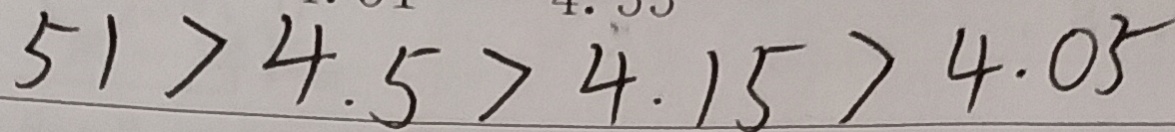
5 1 > 4 . 5 > 4 . 1 5 > 4 . 0 5